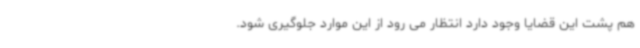
هم پشت این قضایا وجود دارد انتظار می رود از این موارد جلوگیری شود.